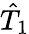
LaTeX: \hat{T}_{1}